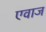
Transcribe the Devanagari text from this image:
एवाज